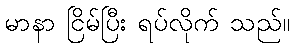
မာနာ ငြိမ်ပြီး ရပ်လိုက် သည်။